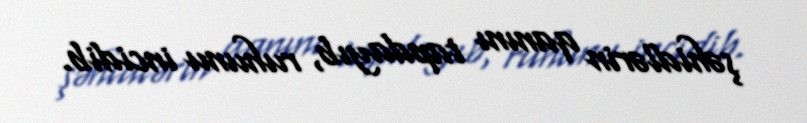
şəhidlərin qanını tapdayıb, ruhunu incidib.